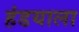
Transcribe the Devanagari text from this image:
हंडयाला